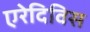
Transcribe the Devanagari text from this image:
एरेदिविस